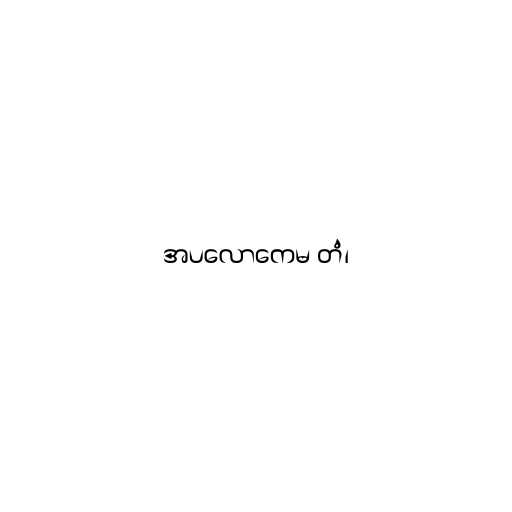
အပလောကေမ တံ၊